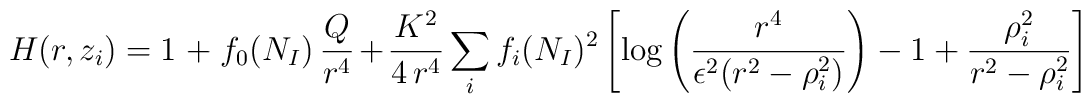
H(r,z_i)= 1\,+\, f_0(N_I)\, \frac{Q}{r^4}+ \frac{K^2}{4\, r^4} \sum_if_i(N_I)^2 \left[ \log \left( \frac{r^4}{\epsilon^2(r^2-\rho^2_i)}\right) -1 + \frac{\rho^2_i}{r^2-\rho^2_i} \right]